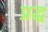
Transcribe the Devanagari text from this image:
प्रद्ध